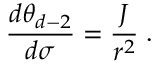
\frac { d \theta _ { d - 2 } } { d \sigma } = \frac { J } { r ^ { 2 } } \; .